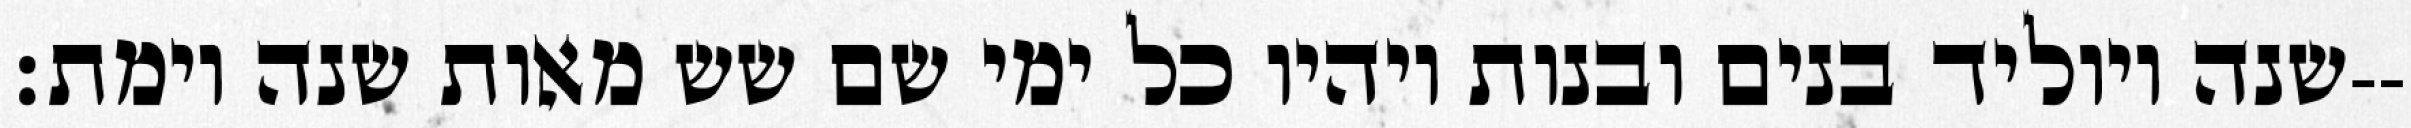
שנה ויוליד בנים ובנות ויהיו כל ימי שם שש מאות שנה וימת׃--